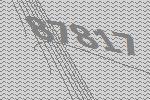
87817